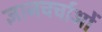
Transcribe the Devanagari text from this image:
ज्ञानचर्चाओं